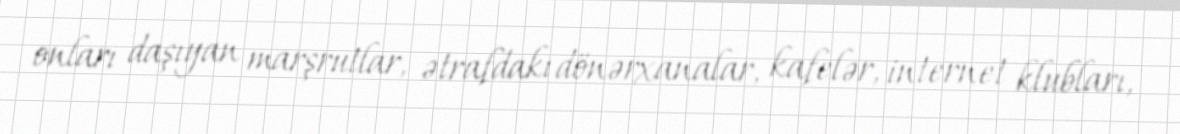
onları daşıyan marşrutlar, ətrafdakı dönərxanalar, kafelər, internet klubları,